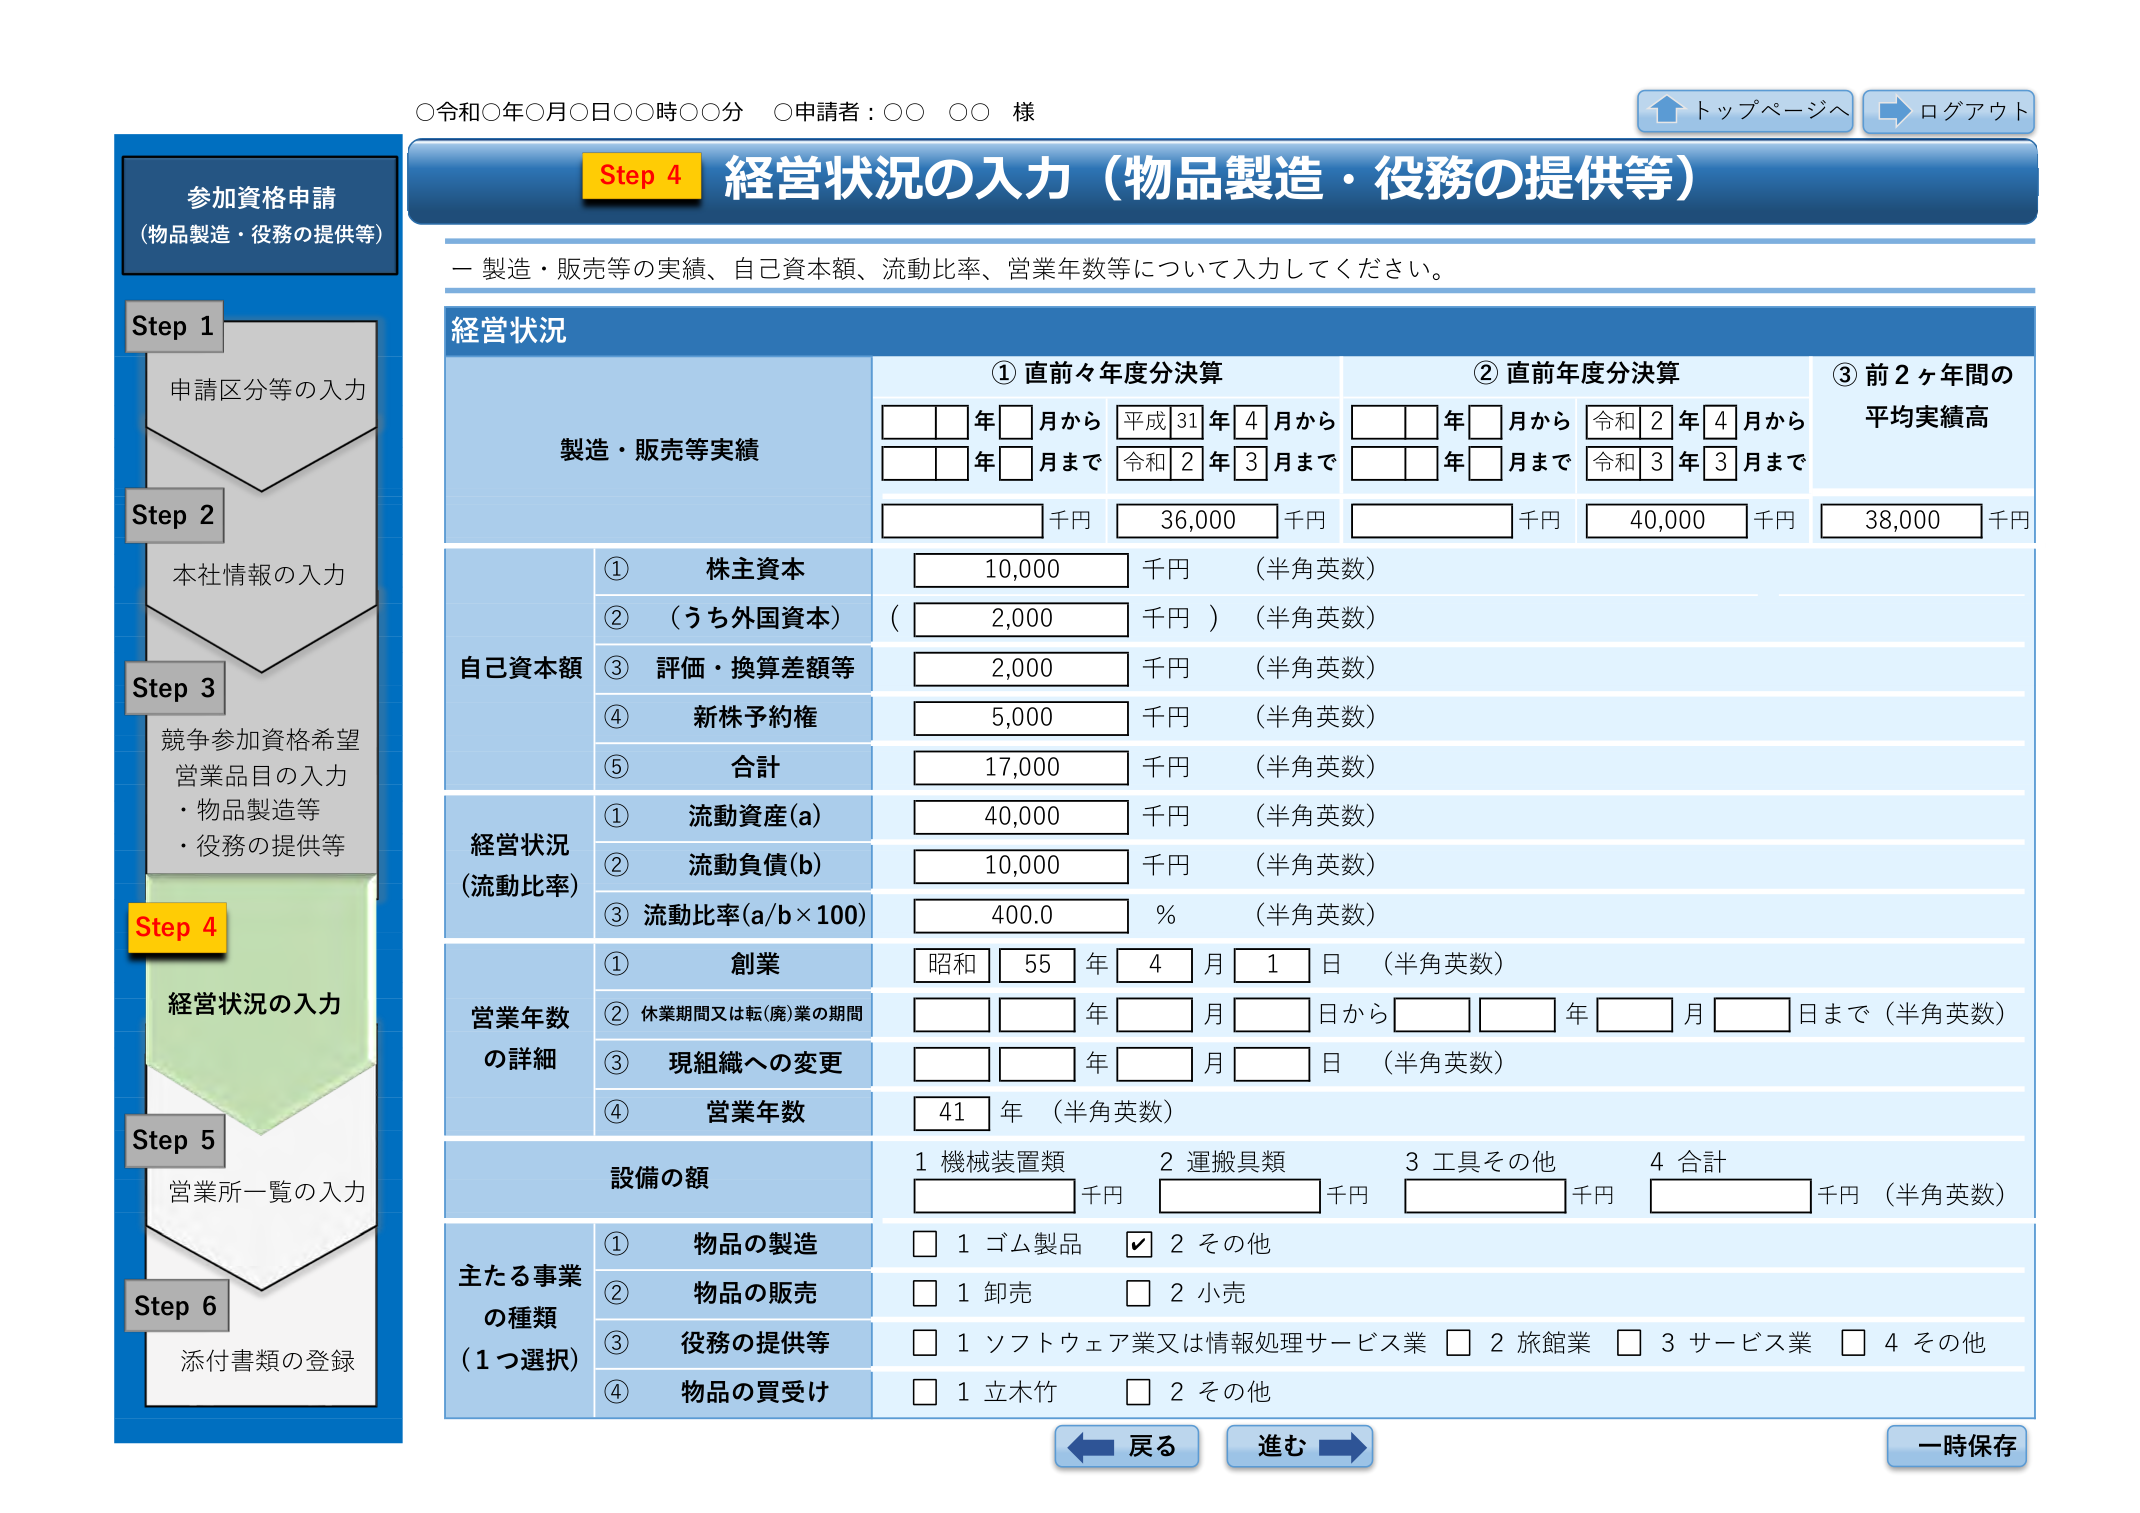
○令和○年○月○日○○時○○分　○申請者：○○ ○○ 様

トップページへ　ログアウト

参加資格申請
（物品製造・役務の提供等）

Step 1
申請区分等の入力

Step 2
本社情報の入力

Step 3
競争参加資格希望
営業品目の入力
・物品製造等
・役務の提供等

Step 4
経営状況の入力

Step 5
営業所一覧の入力

Step 6
添付書類の登録

Step 4 経営状況の入力（物品製造・役務の提供等）

－ 製造・販売等の実績、自己資本額、流動比率、営業年数等について入力してください。

経営状況

製造・販売等実績
① 直前々年度分決算
　□□年□月から 平成31年4月から
　□□年□月まで 令和2年3月まで
　□□□□ 千円 36,000 千円

② 直前年度分決算
　□□年□月から 令和2年4月から
　□□年□月まで 令和3年3月まで
　□□□□ 千円 40,000 千円

③ 前2ヶ年間の平均実績高
　□□□□ 千円 38,000 千円

自己資本額
① 株主資本 10,000 千円 （半角英数）
② （うち外国資本） （ 2,000 千円 ） （半角英数）
③ 評価・換算差額等 2,000 千円 （半角英数）
④ 新株予約権 5,000 千円 （半角英数）
⑤ 合計 17,000 千円 （半角英数）

経営状況（流動比率）
① 流動資産(a) 40,000 千円 （半角英数）
② 流動負債(b) 10,000 千円 （半角英数）
③ 流動比率(a/b×100) 400.0 % （半角英数）

営業年数の詳細
① 創業 昭和55年4月1日 （半角英数）
② 休業期間又は転(廃)業の期間 □□□□年□□月□□日から □□□□年□□月□□日まで （半角英数）
③ 現組織への変更 □□□□年□□月□□日 （半角英数）
④ 営業年数 41 年 （半角英数）

設備の額
1 機械装置類 □□□□ 千円
2 運搬具類 □□□□ 千円
3 工具その他 □□□□ 千円
4 合計 □□□□ 千円 （半角英数）

主たる事業の種類（1つ選択）
① 物品の製造
　□ 1 ゴム製品　☑ 2 その他
② 物品の販売
　□ 1 卸売　□ 2 小売
③ 役務の提供等
　□ 1 ソフトウェア業又は情報処理サービス業　□ 2 旅館業　□ 3 サービス業　□ 4 その他
④ 物品の買受け
　□ 1 立木竹　□ 2 その他

戻る　進む　一時保存